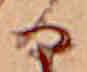
る